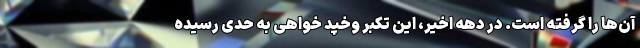
آن‌ها را گرفته است. در دهه اخیر، این تکبر وخپد خواهی به حدی رسیده